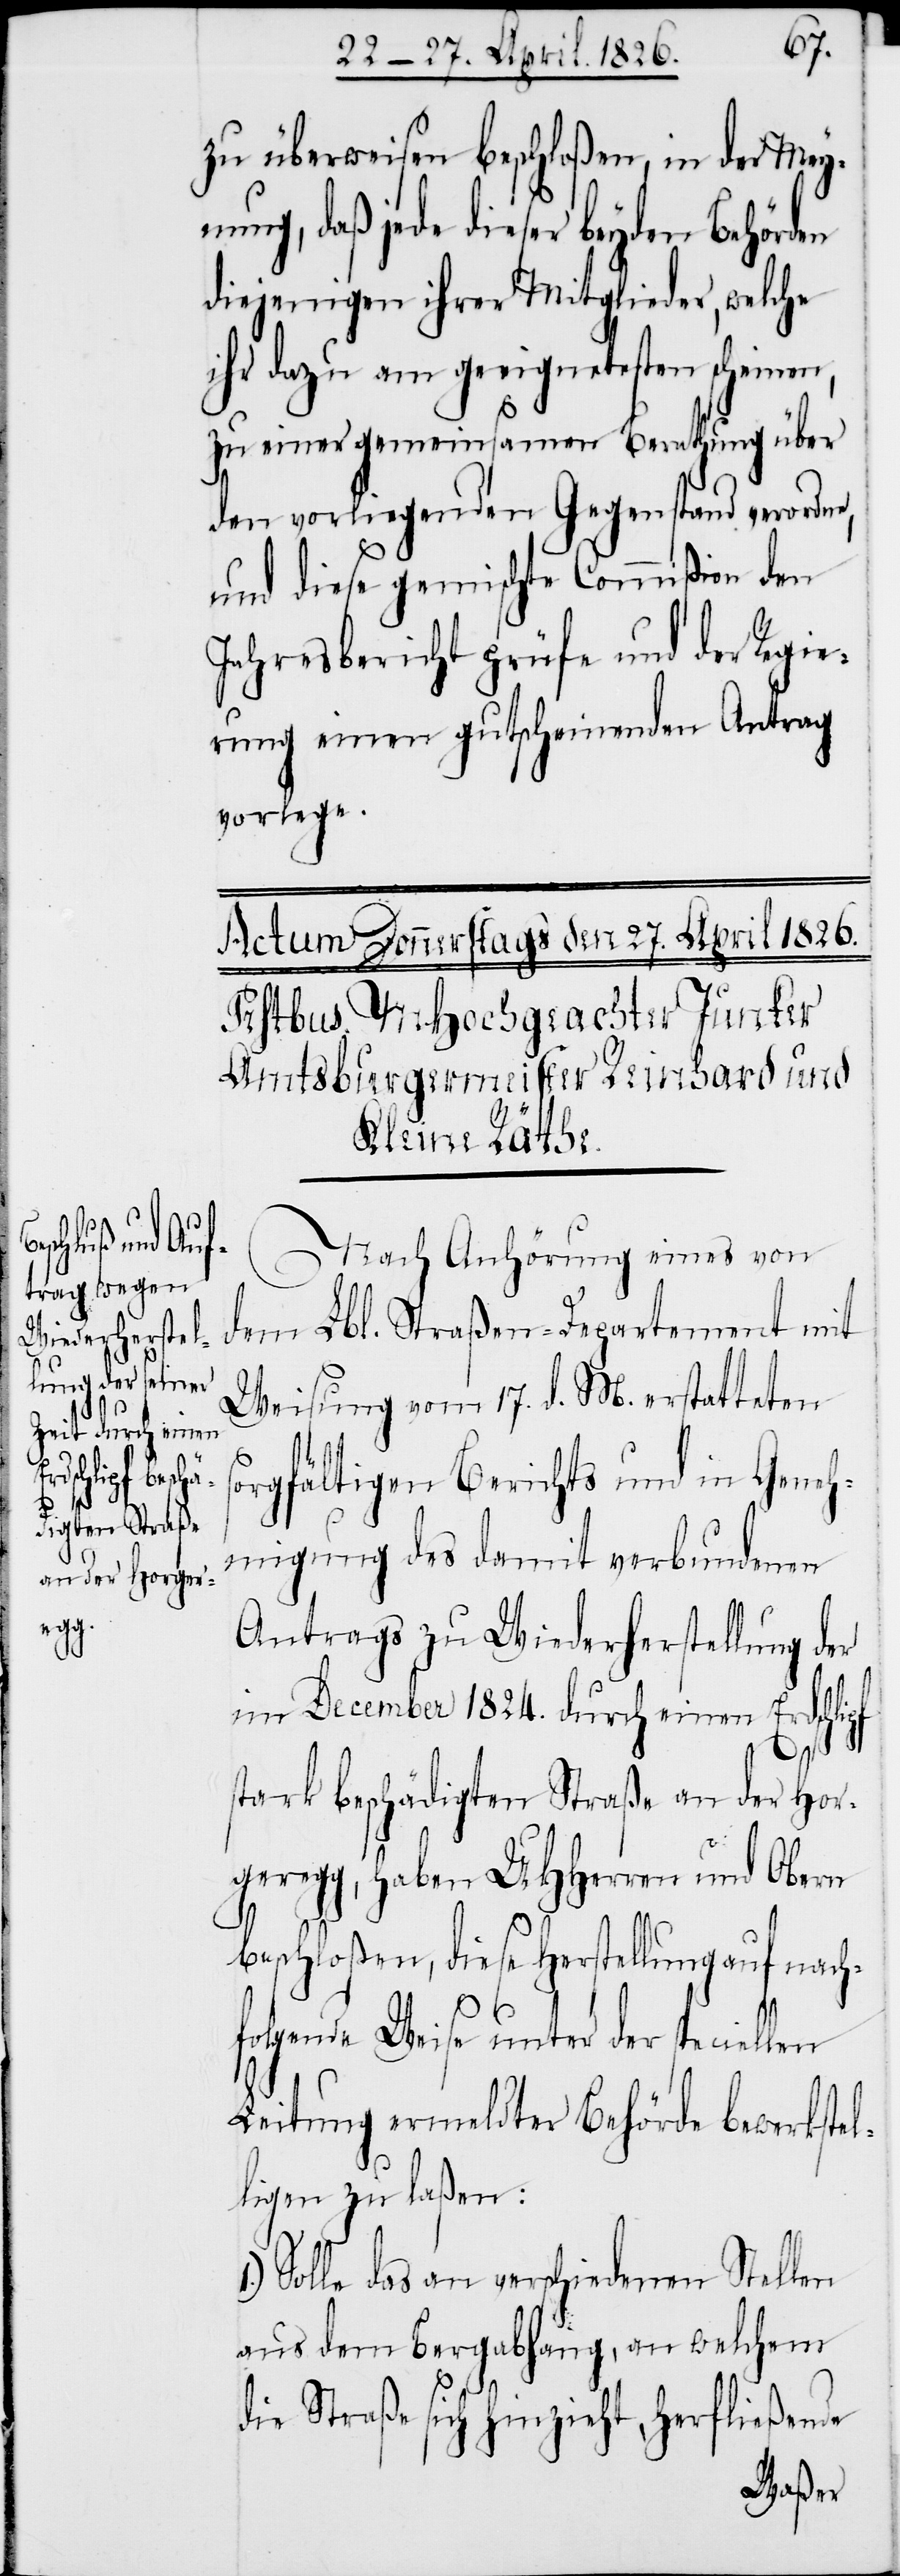
zu überweisen beschloßen, in der Mey¬
nung, daß jede dieser beyden Behörden
diejenigen ihrer Mitglieder, welche
ihr dazu am geeignetesten scheinen,
zu einer gemeinsamen Berathung über
den vorliegenden Gegenstand verordne,
und diese gemischte Commißion den
Jahresbericht prüfe und der Regie¬
rung einen gutscheinenden Antrag
vorlege.
Nach Anhörung eines von
dem Lbl. Straßen-Departement mit
Weisung vom 17. d. M. erstatteten
s¬
orgfältigen Berichts und in Geneh¬
migung des damit verbundenen
Antrags zu Wiederherstellung der
im December 1824. durch einen Erdschlipf
1.)
stark beschädigten Straße an der Hor¬
geregg, haben UHHerren und Obern
beschloßen, diese Herstellung auf nach¬
folgende Weise unter der speciellen
Leitung ermeldter Behörde bewerkstel¬
ligen zu laßen:
Solle das an verschiedenen Stellen
aus dem Bergabhang, an welchem
die Straße sich hinzieht, herfließende